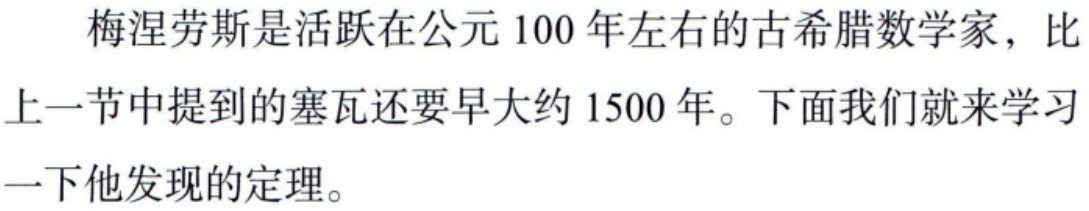
梅涅劳斯是活跃在公元 100 年左右的古希腊数学家，比上一节中提到的塞瓦还要早大约 1500 年。下面我们就来学习一下他发现的定理。